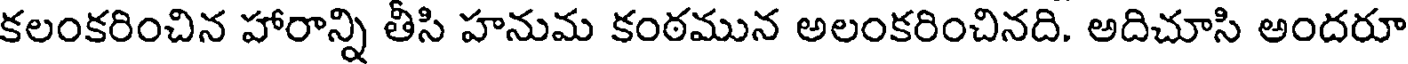
కలంకరించిన హారాన్ని తీసి హనుమ కంఠమున అలంకరించినది. అదిచూసి అందరూ